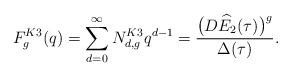
LaTeX: \begin{align*}F_g^{K3}(q) = \sum_{d=0}^\infty N_{d,g}^{K3} q^{d-1} = \frac{\big(D\widehat{E}_2(\tau)\big)^g}{\Delta(\tau)}.\end{align*}